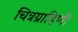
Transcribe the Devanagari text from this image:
चित्रग्राहिणी